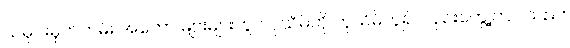
သမိုင်းမှတ်တမ်း အတော် များများတွင် ပုသိမ်ကို ကုသိမ်ဟူ၍လည်းတွေ့ကြပါသည်။